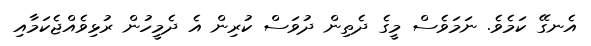
އެނގޭ ކަމެވެ. ނަމަވެސް މީގެ ދެތިން ދުވަސް ކުރިން އެ ދެމީހުން ރުޅިވެއްޖެކަމާއި